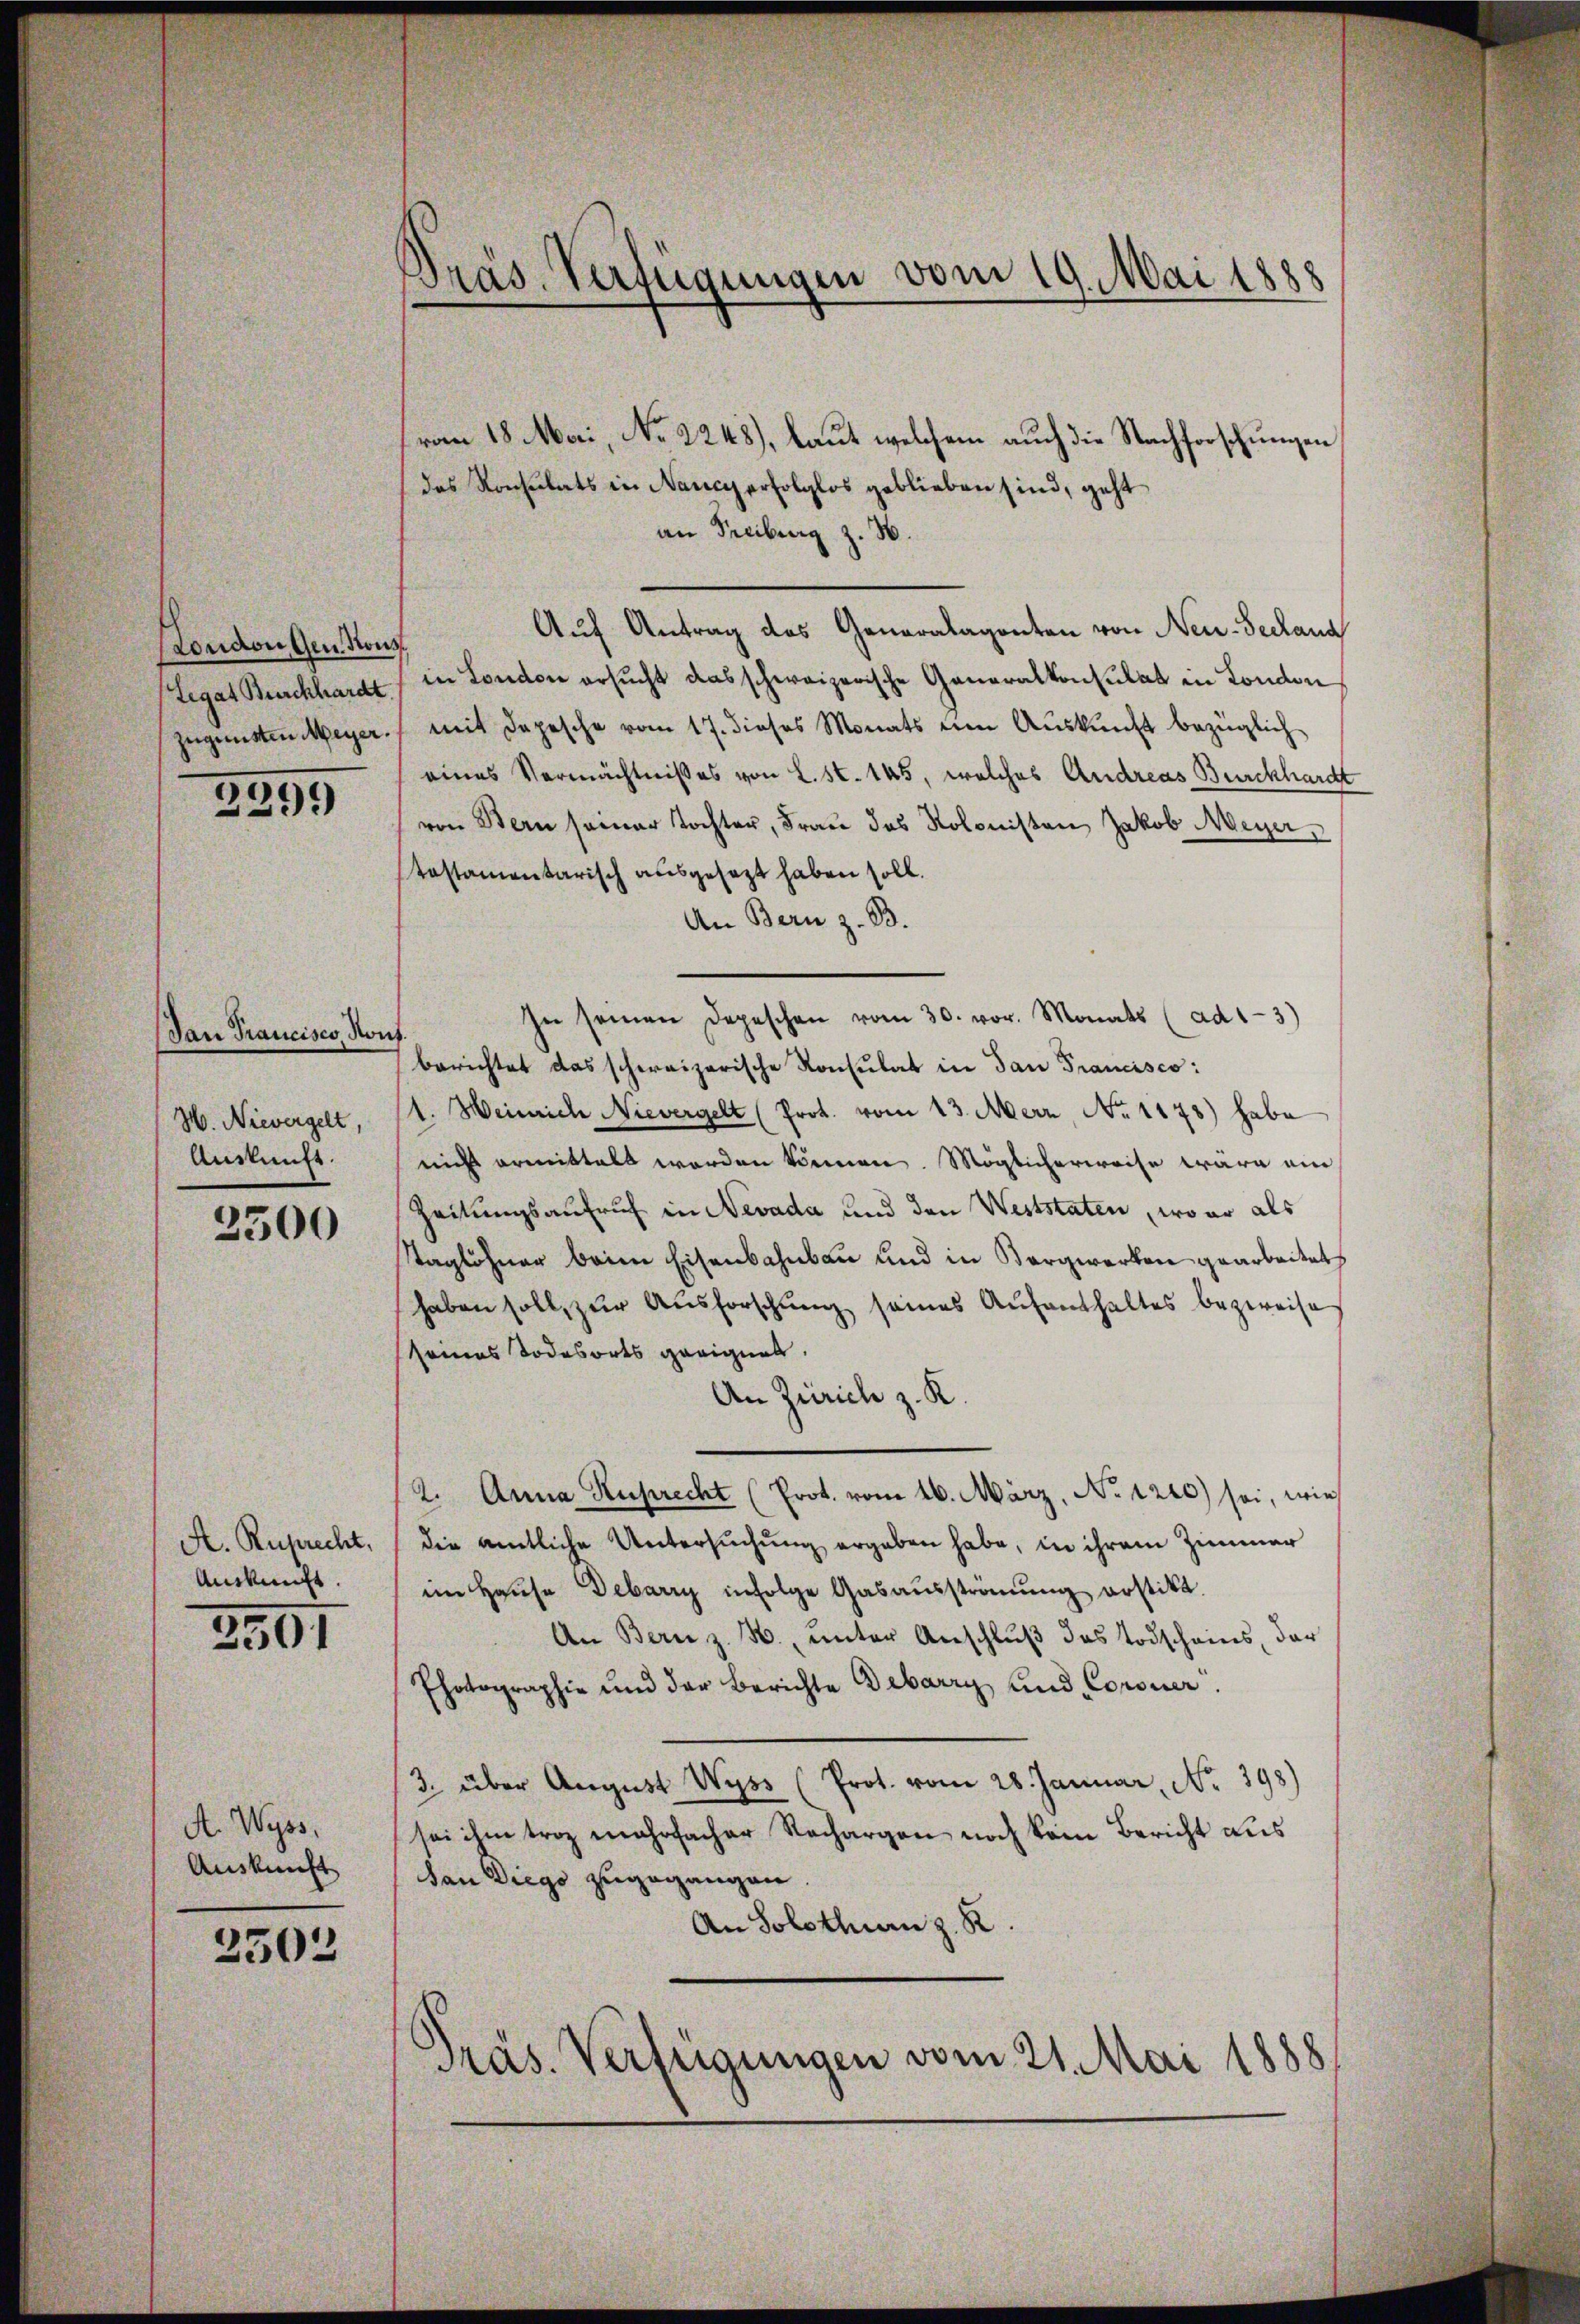
London gen Kons
zegensten Meyer.

3299

Jan Trancisco Ronf.
H. Nievergelt,
Auskunft.

2500

A. Ruprecht,
Auskunft.

2591

A. Wyss.
Auskunft

2502

Präs. Verfügungen vom 19. Mai 1888

vom 18. Mai, No 2248), laut welchem auch die Nachforschungen
das Konsulats in Nancy erfolglos geblieben sind, geht
an Freiburg z. B.
Auf Antrag des Generalaganten von Neu-Seeland
Legat Burckhardt in London ersucht das schweizerische Generalkonsulat in London
mit Depesche vom 17. dieses Monats im Auskunft bezüglich
eines Vermächtnißes von L. St. 145, welches Andreas Burckhardt
von Stern seiner Tochter, Frau das Kolonisten Jakob Meyer,
testamentarisch ausgesezt haben soll.
An Bern z. B.
In seinen Depeschen vom 30. vor. Monats (ad1-3)
berichtet das schweizerische Konsulat in San Francisco:
1. Weinrich Nievergelt (Prot. vom 13. Merz, No. 1178) habe
nicht ermittelt worden können. Möglicherweise wäre ein
Zeitungsaufruf in Nevada und den Weststaten, wo er als
Taglöhner beim Eisenbahnbau und in Bergwerken gearbeitet
haben soll, zur Ausforschung seines Aufenthaltes bezweife
seines Todesorts geeignet.
An Zürich z. R.
2. Anna Ruprecht (Prot. vom 16. März, No 1210) sei, wie
die amtliche Untersuchung ergeben habe, in ihrem Zimmer
im Hause Debarry infolge Gasausströmung erstitt.
An Bern z. B., unter Anschluß des Todscheins, der
Photographie und der Berichte Debarry und Coroner.
3. über Aŭgŭst Wyss (Prot. vom 28. Januar, No. 398)
sei ihm troz mehrfacher Nachargen noch kein Bericht aus
dan Diego zugegangen.
An Solothurn z. R.
Präs. Verfügungen vom 21. Mai 1888